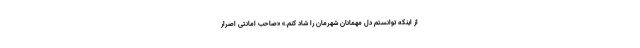
از اینکه توانستم دل مهمانان شهرمان را شاد کنم.» «صاحب امانتی اصرار